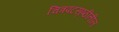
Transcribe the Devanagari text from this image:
चित्रपटसृष्ठीतील